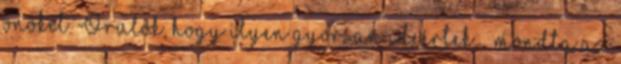
önöket. Örülök, hogy ilyen gyorsan ideértek. – mondta az